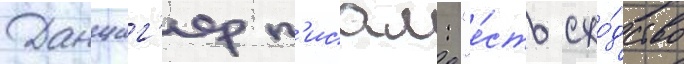
Данциг'ер п'исал: "е́сть схо́дство